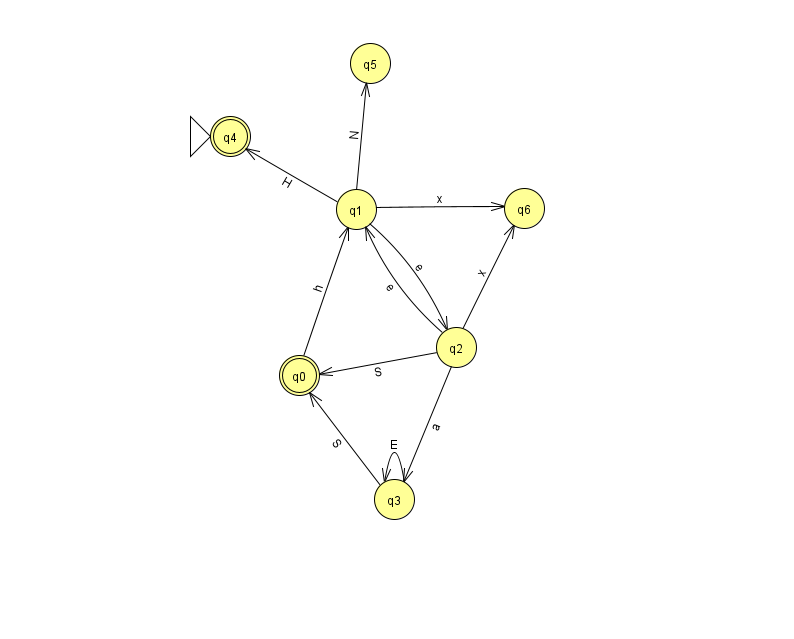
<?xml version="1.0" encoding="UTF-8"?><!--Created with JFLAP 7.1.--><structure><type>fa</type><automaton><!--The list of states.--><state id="0" name="q0"><x>299.0</x><y>362.0</y><final/></state><state id="1" name="q1"><x>356.0</x><y>196.0</y></state><state id="2" name="q2"><x>456.0</x><y>334.0</y></state><state id="3" name="q3"><x>394.0</x><y>486.0</y></state><state id="4" name="q4"><x>230.0</x><y>123.0</y><initial/><final/></state><state id="5" name="q5"><x>370.0</x><y>50.0</y></state><state id="6" name="q6"><x>524.0</x><y>195.0</y></state><!--The list of transitions.--><transition><from>1</from><to>5</to><read>N</read></transition><transition><from>3</from><to>3</to><read>E</read></transition><transition><from>1</from><to>2</to><read>e</read></transition><transition><from>2</from><to>1</to><read>e</read></transition><transition><from>2</from><to>0</to><read>S</read></transition><transition><from>3</from><to>0</to><read>S</read></transition><transition><from>1</from><to>4</to><read>H</read></transition><transition><from>1</from><to>6</to><read>x</read></transition><transition><from>0</from><to>1</to><read>h</read></transition><transition><from>2</from><to>3</to><read>a</read></transition><transition><from>2</from><to>6</to><read>x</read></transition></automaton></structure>